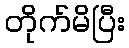
တိုက်မိပြီး